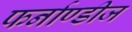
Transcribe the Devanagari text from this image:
फर्नाण्डीज